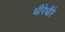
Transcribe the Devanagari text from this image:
धीरेधीरे